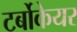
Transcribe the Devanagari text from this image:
टर्बोकेयर